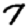
Digit: 7